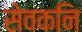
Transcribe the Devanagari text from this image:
सेवकनि